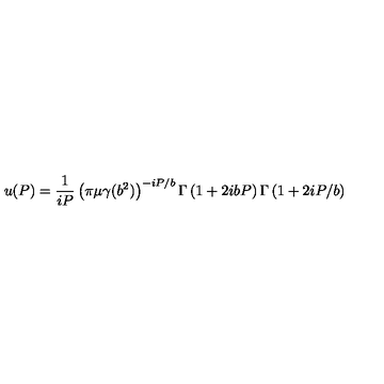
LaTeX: u ( P ) = \frac 1 { i P } \left( \pi \mu \gamma ( b ^ { 2 } ) \right) ^ { - i P / b } \Gamma \left( 1 + 2 i b P \right) \Gamma \left( 1 + 2 i P / b \right)